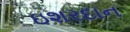
ઇશરદાન